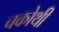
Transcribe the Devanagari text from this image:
चकोथी